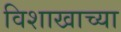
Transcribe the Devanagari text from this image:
विशाखाच्या